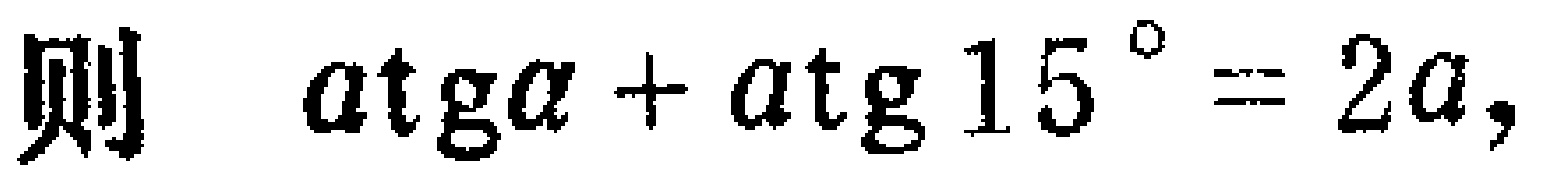
则 \(a\text{tg}\alpha + a\text{tg}15^{\circ}=2a\)，